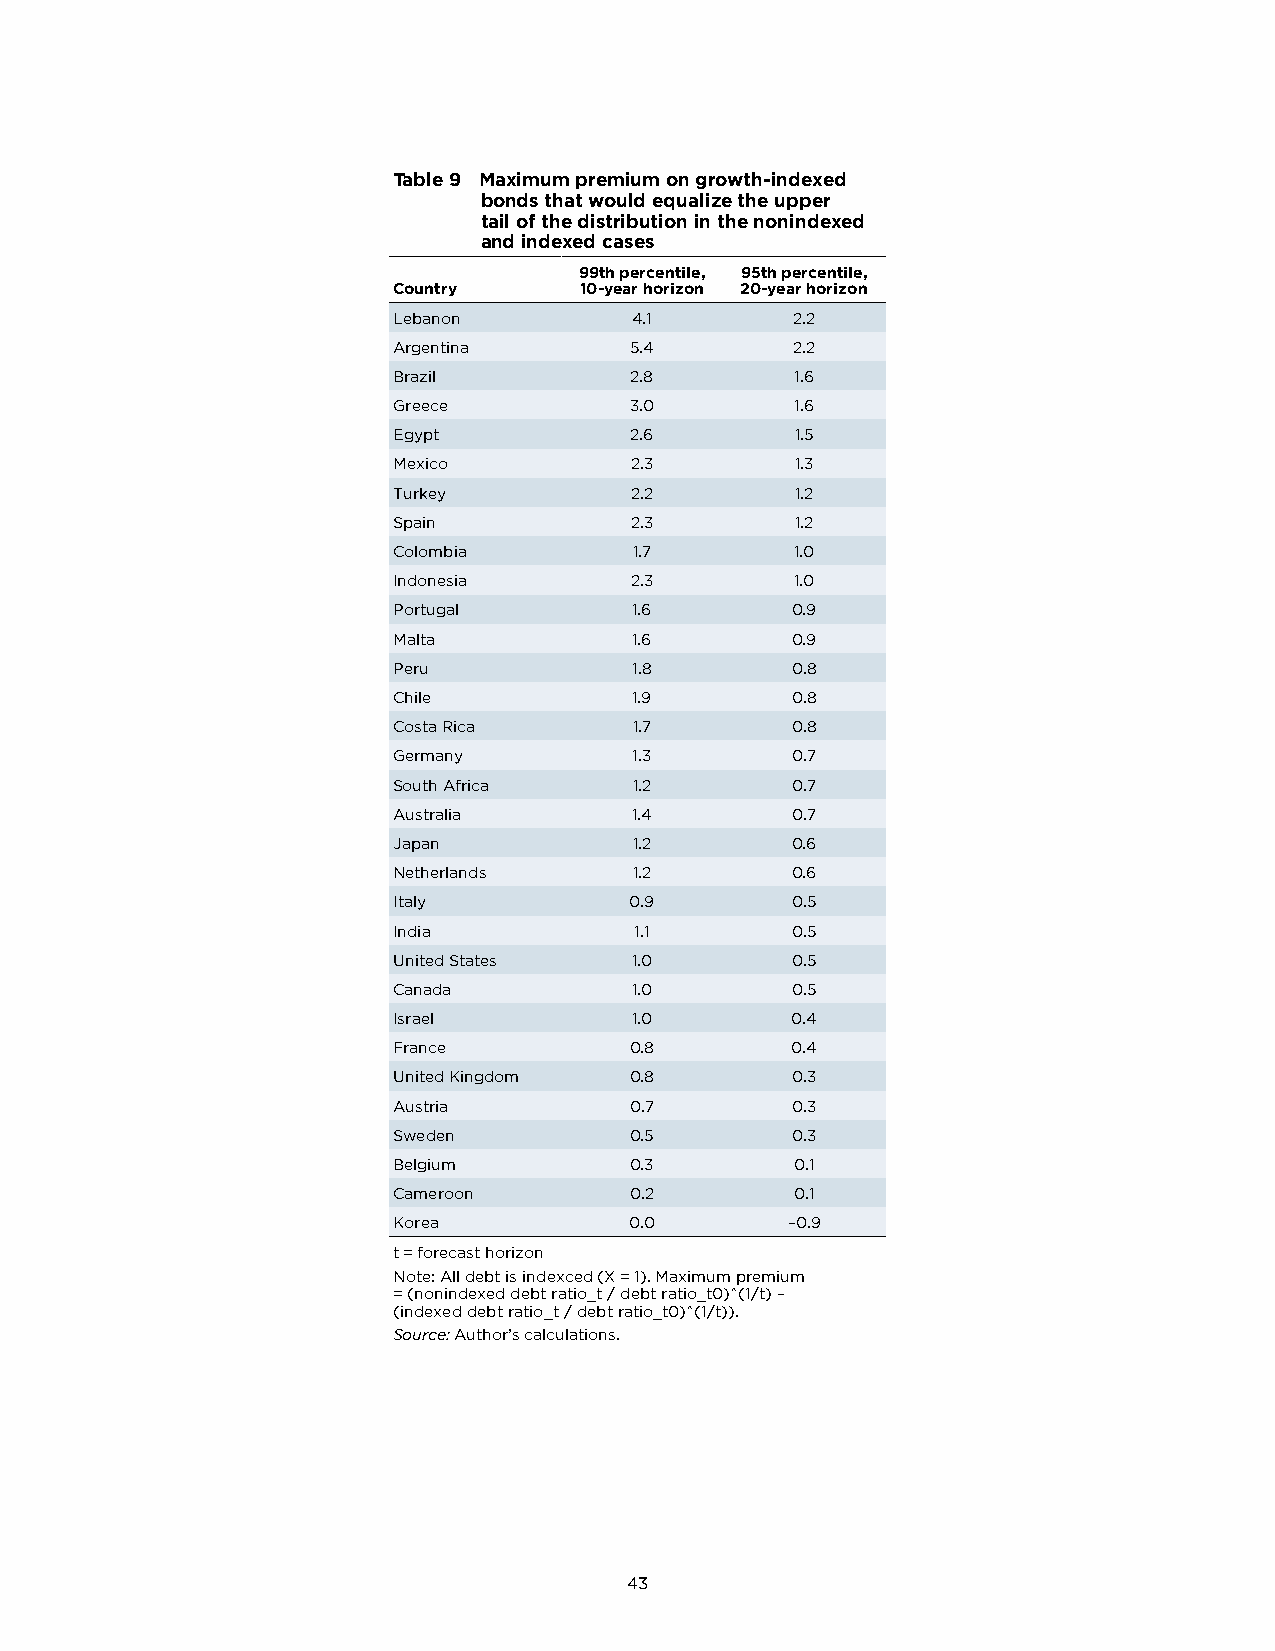
Table 9 Maximum premium on growth-indexed
 bonds that would equalize the upper
 tail of the distribution in the nonindexed
 and indexed cases
 99th percentile, 95th percentile,
 Country     10-year horizon 20-year horizon
 Lebanon         4.1       2.2
 Argentina       5.4       2.2
 Brazil          2.8        1.6
 Greece          3.0        1.6
 Egypt           2.6        1.5
 Mexico          2.3        1.3
 Turkey          2.2        1.2
 Spain           2.3        1.2
 Colombia        1.7        1.0
 Indonesia       2.3        1.0
 Portugal        1.6       0.9
 Malta           1.6       0.9
 Peru            1.8       0.8
 Chile           1.9       0.8
 Costa Rica      1.7       0.8
 Germany         1.3       0.7
 South Africa    1.2       0.7
 Australia       1.4       0.7
 Japan           1.2       0.6
 Netherlands     1.2       0.6
 Italy           0.9       0.5
 India           1.1       0.5
 United States   1.0       0.5
 Canada          1.0       0.5
 Israel          1.0       0.4
 France          0.8       0.4
 United Kingdom  0.8       0.3
 Austria         0.7       0.3
 Sweden          0.5       0.3
 Belgium         0.3        0.1
 Cameroon        0.2        0.1
 Korea           0.0       –0.9
 t = forecast horizon
 Note: All debt is indexced (X = 1). Maximum premium
 = (nonindexed debt ratio_t / debt ratio_t0)^(1/t) –
 (indexed debt ratio_t / debt ratio_t0)^(1/t)).
 Source: Author’s calculations.
 43